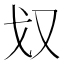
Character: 𭆧